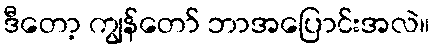
ဒီတော့ ကျွန်တော် ဘာအပြောင်းအလဲ။